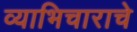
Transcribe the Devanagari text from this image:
व्याभिचाराचे